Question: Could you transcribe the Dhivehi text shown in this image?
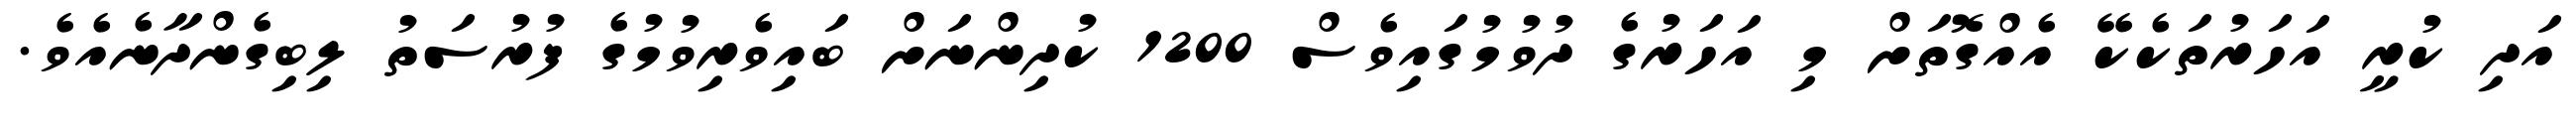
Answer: އަދި ކުރީ އަހަރުތަކެކޭ އެއްގޮތަށް މި އަހަރުގެ ދުވުމުގައިވެސް 1200 ކުދިންނަށް ބައިވެރިވުމުގެ ފުރުސަތު ލިބިގެންދާނެއެވެ.